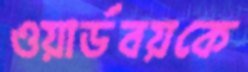
ওয়ার্ডবয়কে